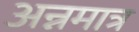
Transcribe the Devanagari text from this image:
अन्नमात्र